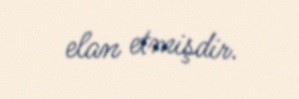
elan etmişdir.